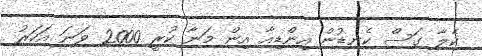
ކެލާ ގަސް ކެނޑުން އިންޑިއާ އިން މަނާ ކުރީ 2000 ވަނަ އަހަރު